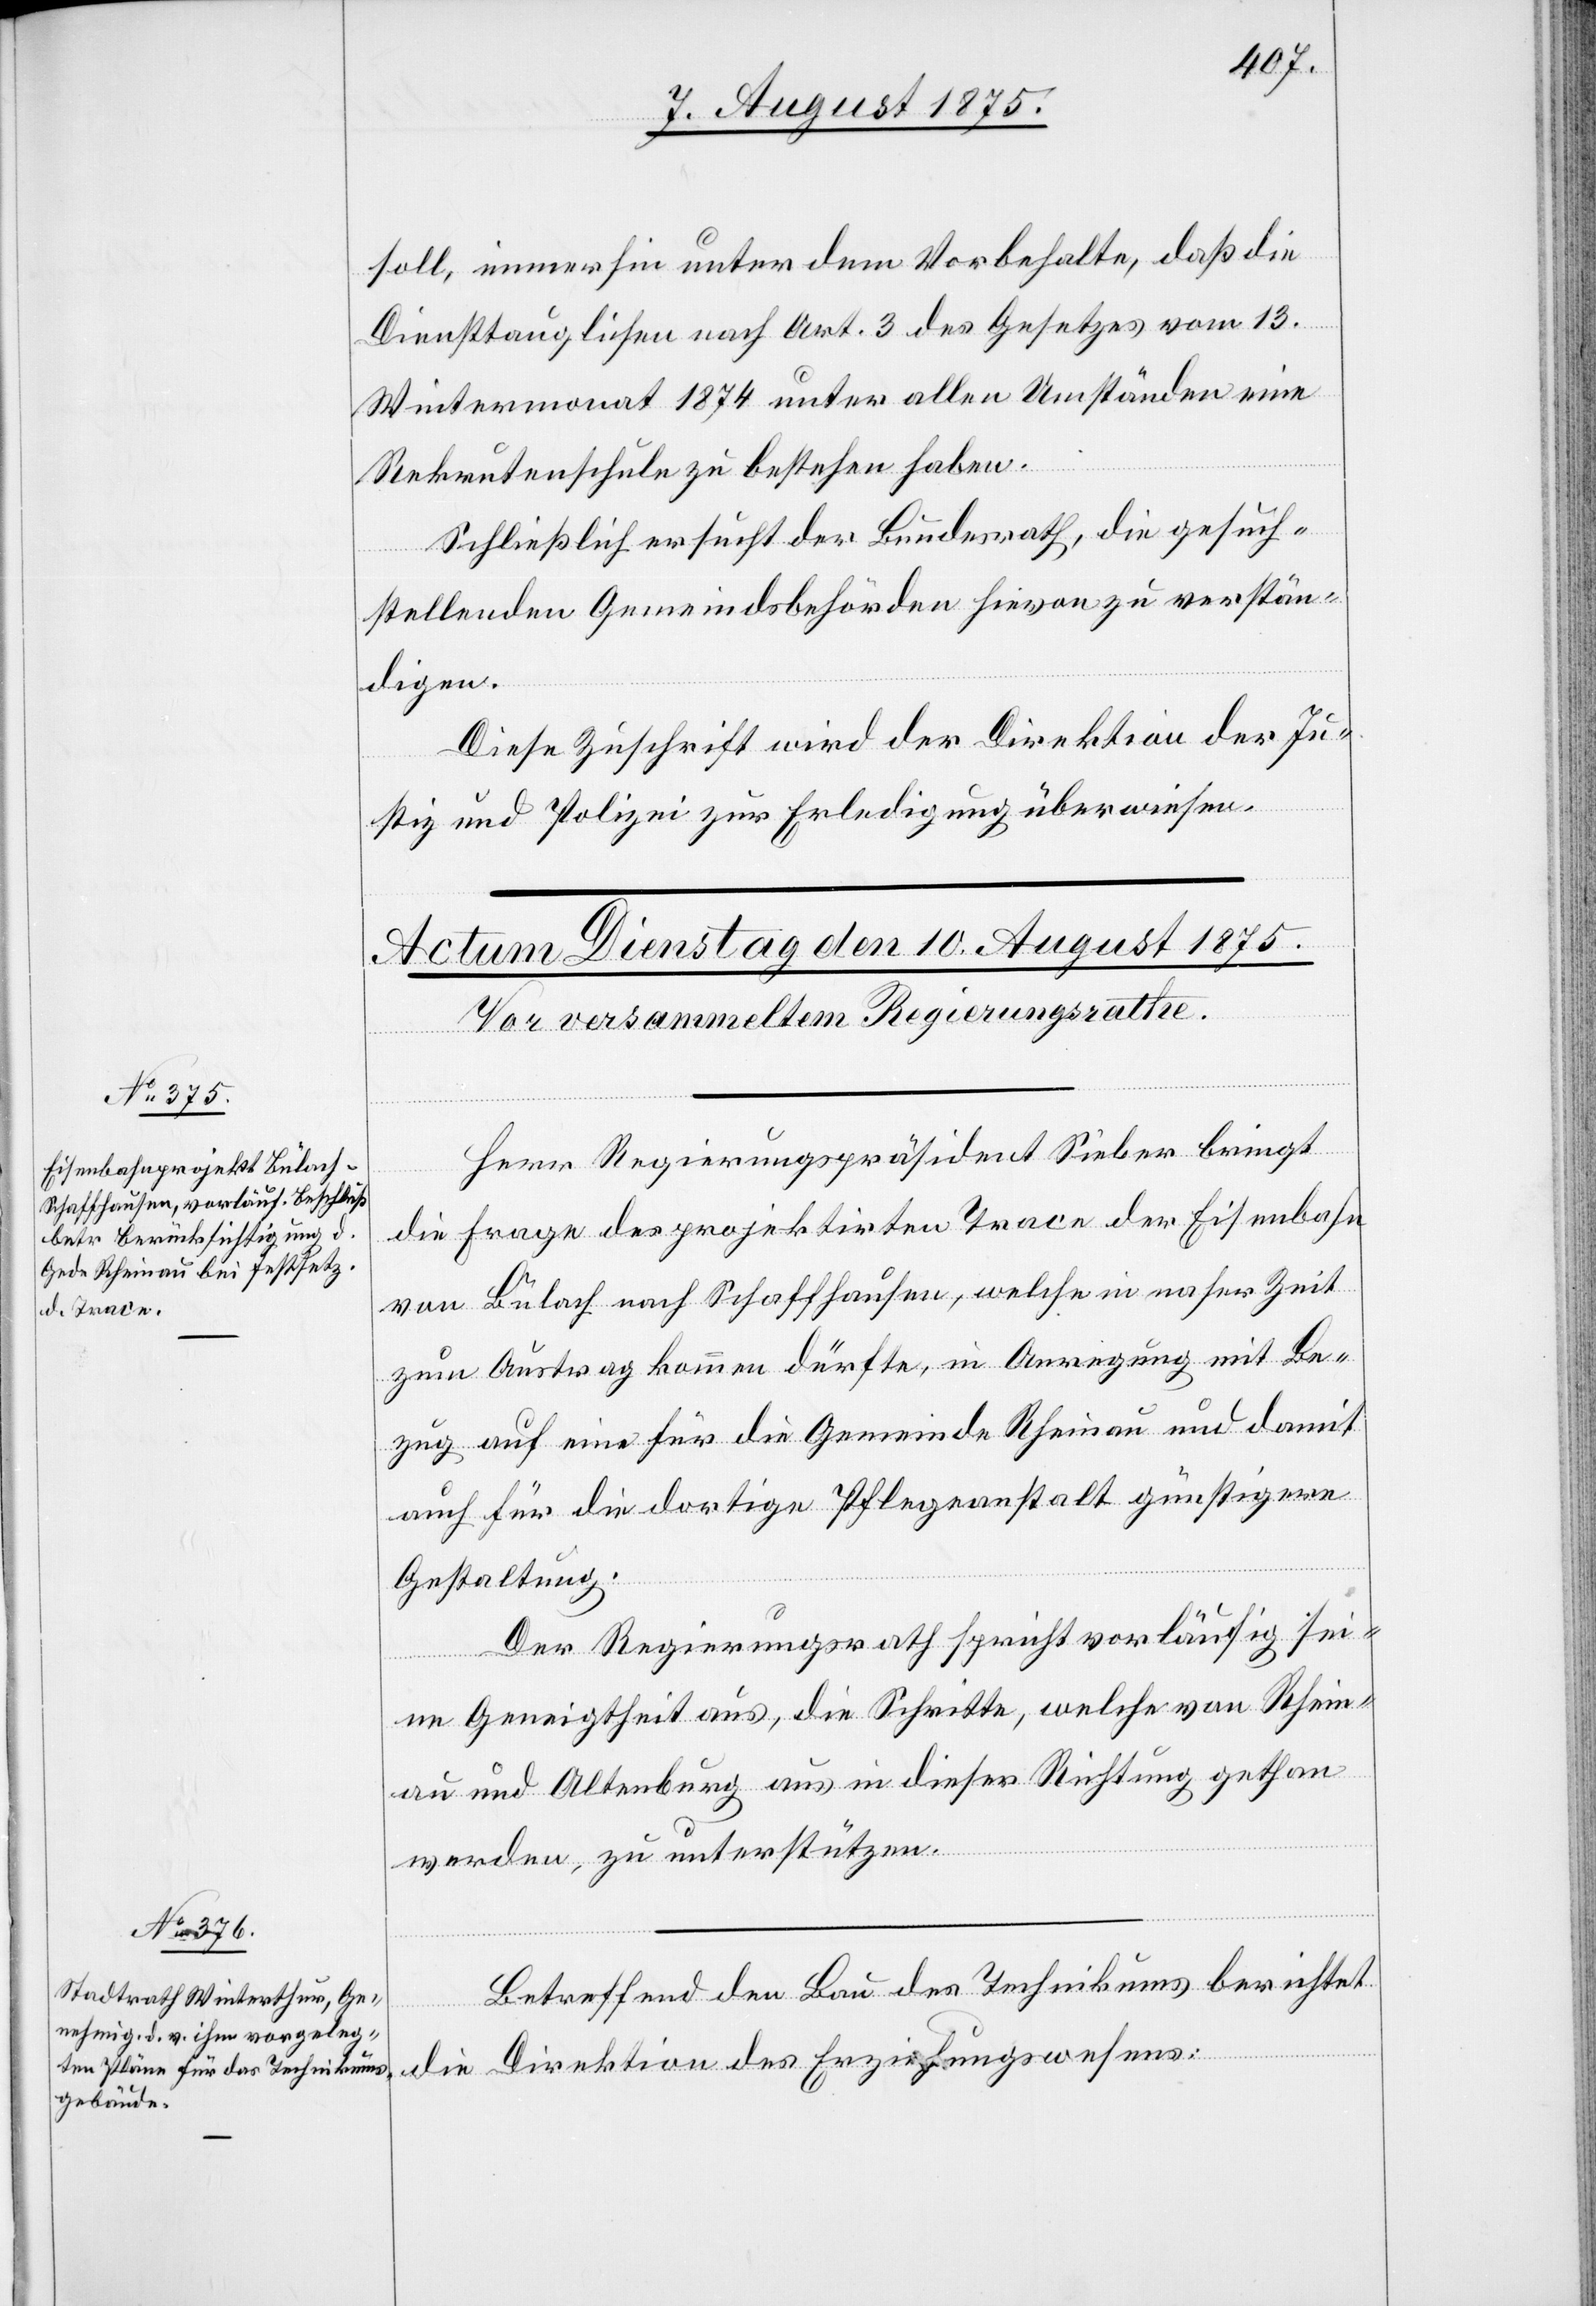
soll, immerhin unter dem Vorbehalte, daß die
Diensttauglichen nach Art. 3 des Gesetzes vom 13.
Wintermonat 1874 unter allen Umständen eine
Rekrutenschule zu bestehen haben.
Schließlich ersucht der Bundesrath, die gesuch¬
stellenden Gemeindsbehörden hievon zu verstän¬
digen.
Diese Zuschrift wird der Direktion der Ju¬
stiz und Polizei zur Erledigung überwiesen.
Herr Regierungspräsident Sieber bringt
die Frage des projektirten Trace der Eisenbahn
von Bülach nach Schaffhausen, welche in naher Zeit
zum Austrag kommen dürfte, in Anregung mit Be¬
zug auf eine für die Gemeinde Rheinau und dam¬
auch für die dortige Pflegeanstalt günstigere
it
Gestaltung.
Der Regierungsrath spricht vorläufig sei¬
ne Geneigtheit aus, die Schritte, welche von Rhein¬
au und Altenburg aus in dieser Richtung gethan
werden, zu unterstützen.
Betreffend den Bau des Technikums berichtet
die Direktion des Erziehungswesens: